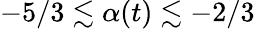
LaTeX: -5/3\lesssim\alpha(t)\lesssim-2/3